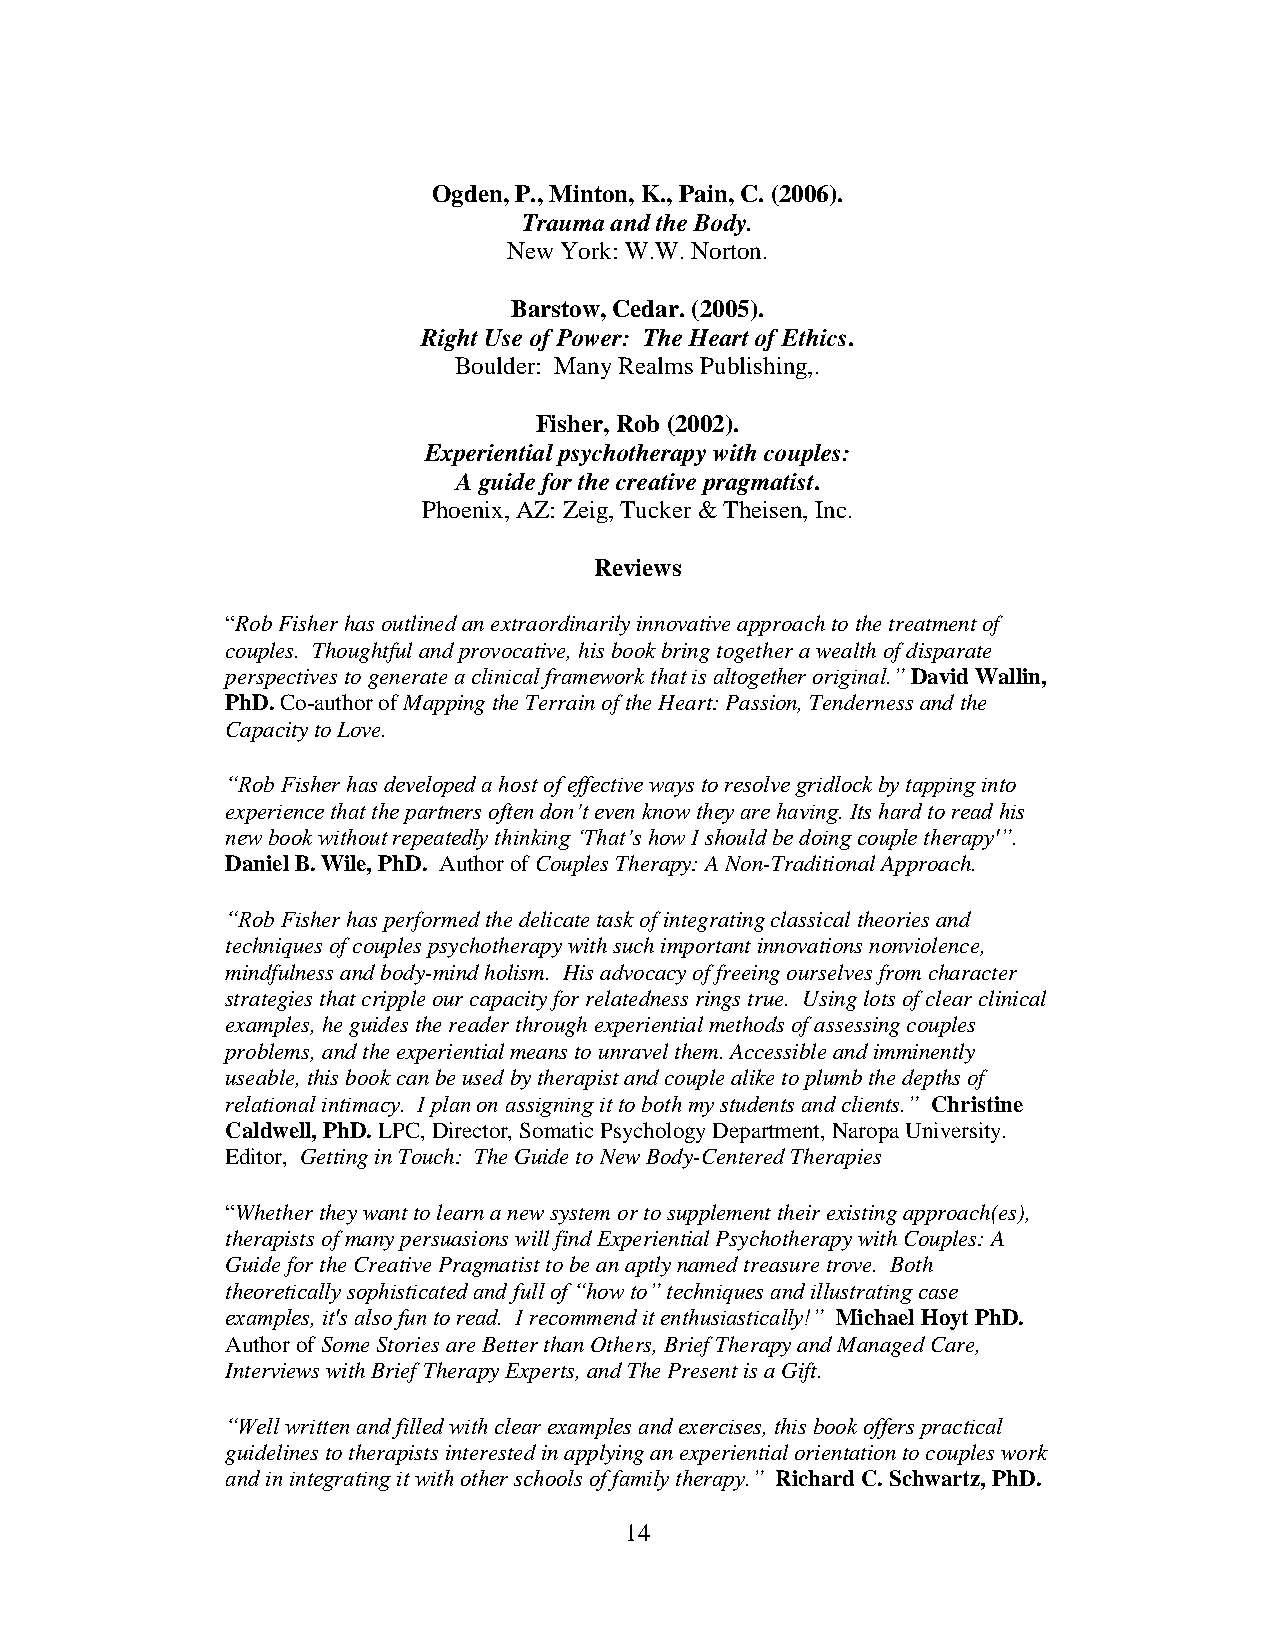
Ogden, P., Minton, K., Pain, C. (2006).
 Trauma and the Body.
 New York: W.W. Norton.
 Barstow, Cedar. (2005).
 Right Use of Power: The Heart of Ethics.
 Boulder: Many Realms Publishing,.
 Fisher, Rob (2002).
 Experiential psychotherapy with couples:
 A guide for the creative pragmatist.
 Phoenix, AZ: Zeig, Tucker & Theisen, Inc.
 Reviews
 “Rob Fisher has outlined an extraordinarily innovative approach to the treatment of
 couples. Thoughtful and provocative, his book bring together a wealth of disparate
 perspectives to generate a clinical framework that is altogether original.” David Wallin,
 PhD. Co-author of Mapping the Terrain of the Heart: Passion, Tenderness and the
 Capacity to Love.
 “Rob Fisher has developed a host of effective ways to resolve gridlock by tapping into
 experience that the partners often don’t even know they are having. Its hard to read his
 new book without repeatedly thinking ‘That’s how I should be doing couple therapy'”.
 Daniel B. Wile, PhD. Author of Couples Therapy: A Non-Traditional Approach.
 “Rob Fisher has performed the delicate task of integrating classical theories and
 techniques of couples psychotherapy with such important innovations nonviolence,
 mindfulness and body-mind holism. His advocacy of freeing ourselves from character
 strategies that cripple our capacity for relatedness rings true. Using lots of clear clinical
 examples, he guides the reader through experiential methods of assessing couples
 problems, and the experiential means to unravel them. Accessible and imminently
 useable, this book can be used by therapist and couple alike to plumb the depths of
 relational intimacy. I plan on assigning it to both my students and clients.” Christine
 Caldwell, PhD. LPC, Director, Somatic Psychology Department, Naropa University.
 Editor, Getting in Touch: The Guide to New Body-Centered Therapies
 “Whether they want to learn a new system or to supplement their existing approach(es),
 therapists of many persuasions will find Experiential Psychotherapy with Couples: A
 Guide for the Creative Pragmatist to be an aptly named treasure trove. Both
 theoretically sophisticated and full of “how to” techniques and illustrating case
 examples, it's also fun to read. I recommend it enthusiastically!” Michael Hoyt PhD.
 Author of Some Stories are Better than Others, Brief Therapy and Managed Care,
 Interviews with Brief Therapy Experts, and The Present is a Gift.
 “Well written and filled with clear examples and exercises, this book offers practical
 guidelines to therapists interested in applying an experiential orientation to couples work
 and in integrating it with other schools of family therapy.” Richard C. Schwartz, PhD.
 14